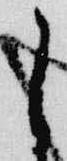
自